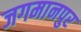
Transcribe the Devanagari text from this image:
जगमानपुर